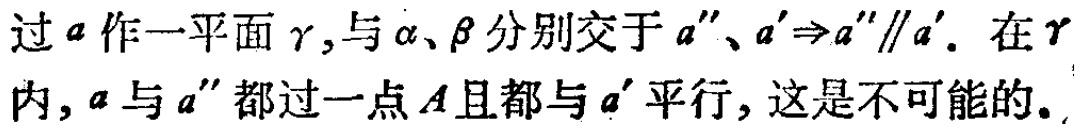
过\(a\)作一平面\(\gamma\)，与\(\alpha\)、\(\beta\)分别交于\(a''\)、\(a'\Rightarrow a''\parallel a'\)。在\(\gamma\)内，\(a\)与\(a''\)都过一点\(A\)且都与\(a'\)平行，这是不可能的。